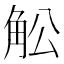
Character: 䚗